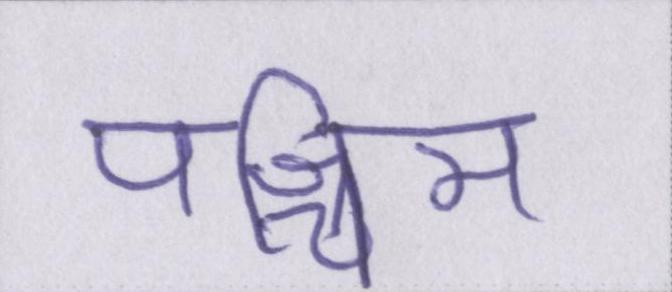
पश्चिम